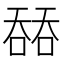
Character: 𰈟